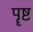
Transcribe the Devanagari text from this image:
पॄष्ट